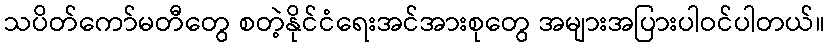
သပိတ်ကော်မတီတွေ စတဲ့နိုင်ငံရေးအင်အားစုတွေ အများအပြားပါဝင်ပါတယ်။